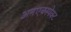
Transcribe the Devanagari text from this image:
अनएक्स्पेक्ट